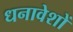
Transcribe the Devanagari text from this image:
धनावेशों